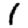
Digit: 1